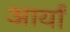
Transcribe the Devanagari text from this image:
आर्यां